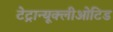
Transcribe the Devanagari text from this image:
टेट्रान्यूक्लीओटिड